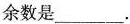
余数是___。